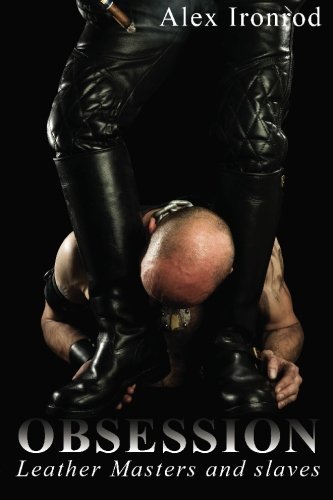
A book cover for Obsession - Leather Masters and slaves; Alex Ironrod; Romance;